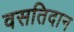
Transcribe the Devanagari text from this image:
वसतिदान